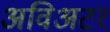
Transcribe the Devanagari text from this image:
अविअटर